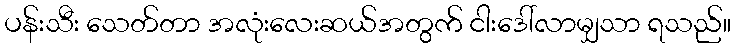
ပန်းသီး သေတ်တာ အလုံးလေးဆယ်အတွက် ငါးဒေါ်လာမျှသာ ရသည်။